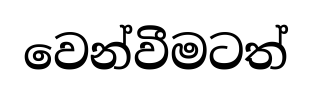
වෙන්වීමටත්